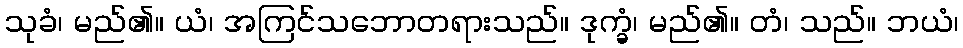
သုခံ၊ မည်၏။ ယံ၊ အကြင်သဘောတရားသည်။ ဒုက္ခံ၊ မည်၏။ တံ၊ သည်။ ဘယံ၊